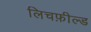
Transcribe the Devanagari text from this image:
लिचफ़ील्ड